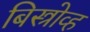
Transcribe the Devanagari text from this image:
बिस्त्रोव्ह